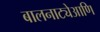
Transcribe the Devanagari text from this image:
बालनाट्येआणि